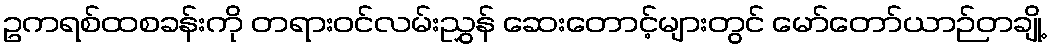
ဥကရစ်ထစခန်းကို တရားဝင်လမ်းညွှန် ဆေးတောင့်များတွင် မော်တော်ယာဉ်တချို့